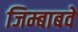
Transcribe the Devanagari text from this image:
जिम्बाबवे